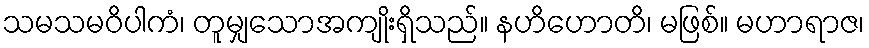
သမသမဝိပါကံ၊ တူမျှသောအကျိုးရှိသည်။ နဟိဟောတိ၊ မဖြစ်။ မဟာရာဇ၊